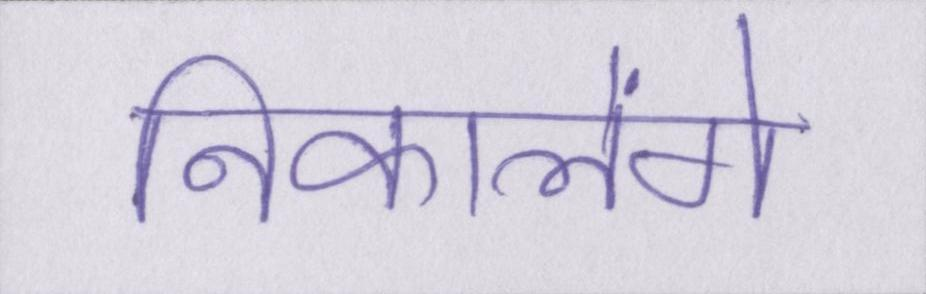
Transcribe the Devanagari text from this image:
निकालेंगे